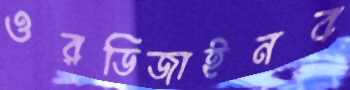
ওরডিজাইনব